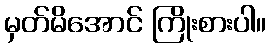
မှတ်မိအောင် ကြိုးစားပါ။